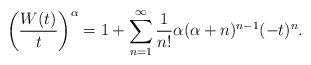
LaTeX: \begin{align*}\left(W(t)\over t\right)^\alpha=1+\sum_{n=1}^\infty\frac1{n!}\alpha(\alpha+n)^{n-1}(-t)^n.\end{align*}